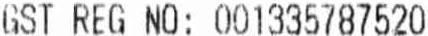
GST REG NO: 001335787520